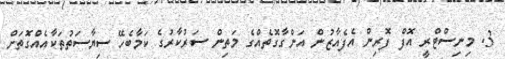
3. މިނިސްޓްރީ އޮފް ފޮރިން އެފެއާޒުން އަންގާގޮތެއްގެ މަތިން ސަރުކާރުގެ ކަމާބެހޭ ސިޔާސަތުތަކާއެއްގޮތަށް